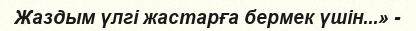
Жаздым үлгі жастарға бермек үшін...» -